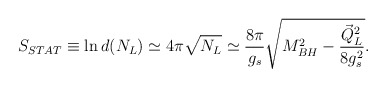
\begin{align*}S_{STAT} \equiv {\rm ln}\,d(N_L)\simeq 4\pi\sqrt{N_L} \simeq {{8\pi}\over {g_s}}\sqrt{M^2_{BH}-{{\vec{Q}^2_L}\over {8g^2_s}}}. \end{align*}